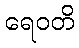
ရေဝတိ